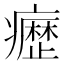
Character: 𭼰